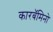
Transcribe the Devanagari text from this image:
कारबॅमिनो